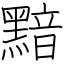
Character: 黯